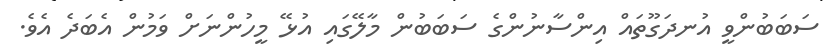
ސަބަބުންވީ އުނދަގޫތައް އިންސާނުންގެ ސަބަބުން މާލޭގައި އުޅޭ މީހުންނަށް ވަމުން އެބަދެ އެވެ.